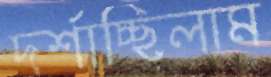
দর্শাচ্ছিলাম